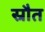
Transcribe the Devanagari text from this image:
स्रौत